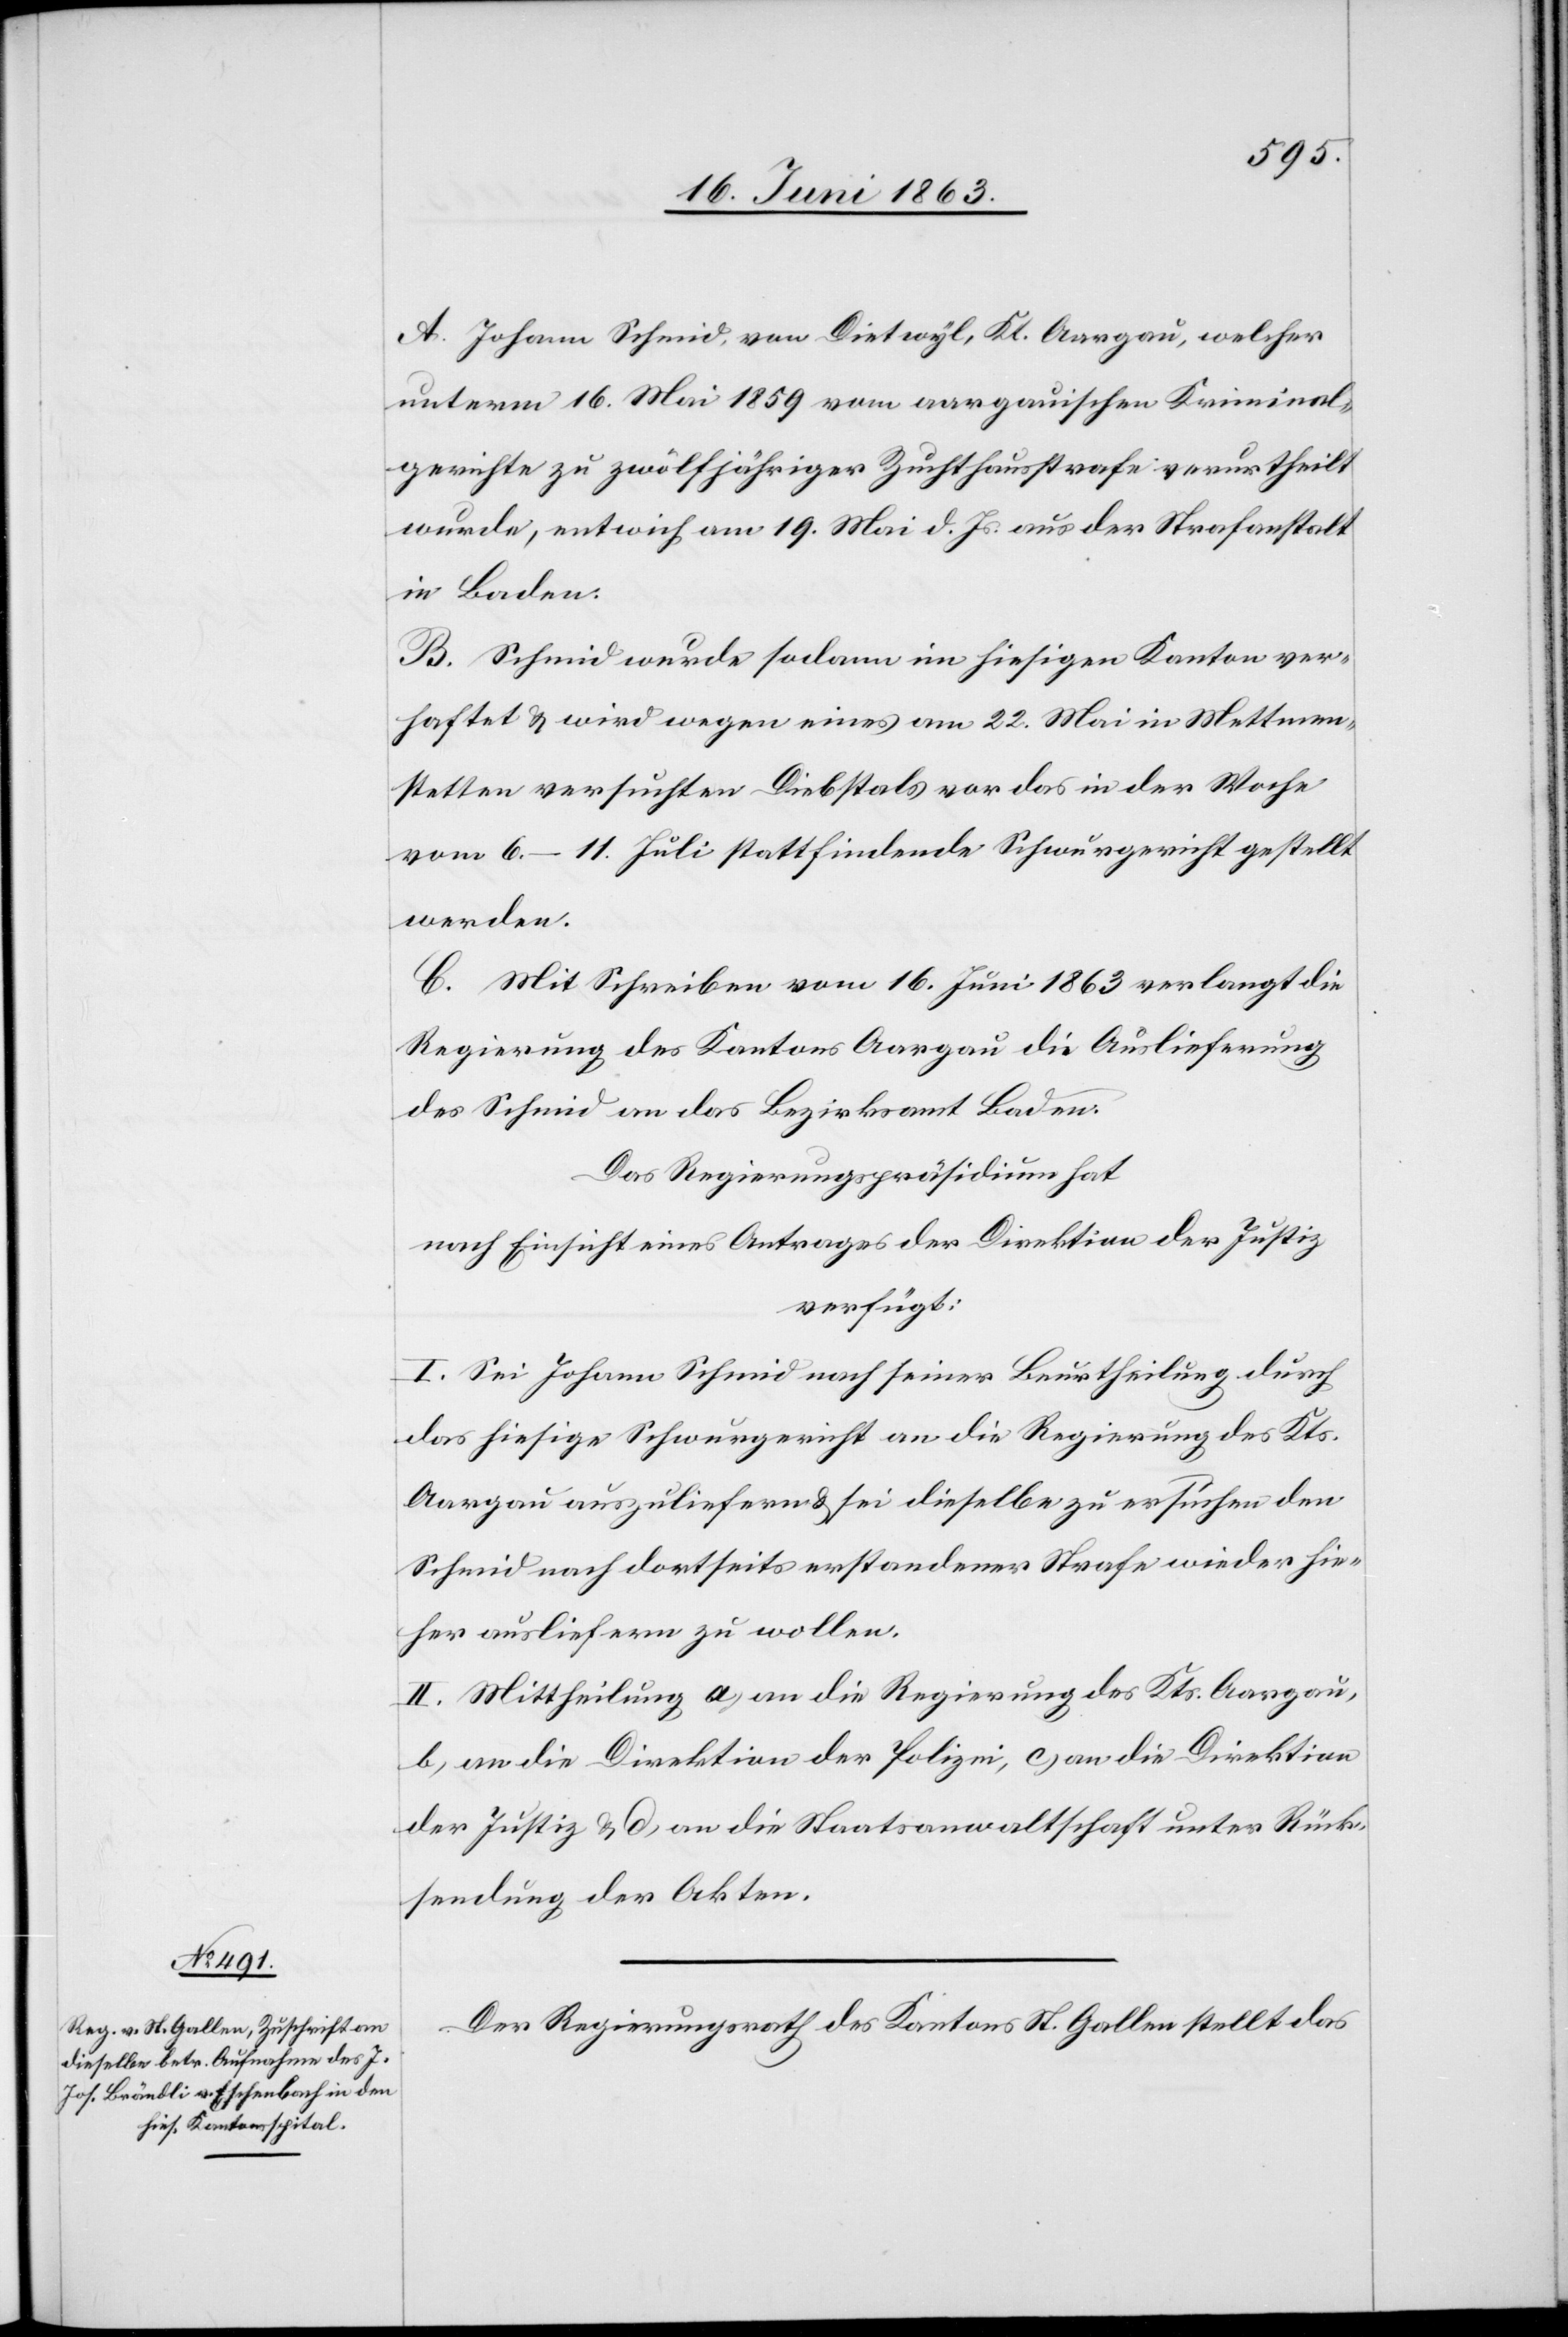
19. Juni 1863.]
A. Johann Schmid, von Dietwyl, Kt. Aargau, welcher
unterm 16. Mai 1859 vom aargauischen Kriminal¬
gerichte zu zwölfjähriger Zuchthausstrafe verurtheilt
wurde, entwich am 19. Mai d. Js. aus der Strafanstalt
in Baden.
B. Schmid wurde sodann im hiesigen Kanton ver¬
haftet & wird wegen eines am 22. Mai in Mettmen¬
stetten versuchten Diebstals vor das in der Woche
vom 6.–11. Juli stattfindende Schwurgericht gestellt
werden.
C. Mit Schreiben vom 16. Juni 1863 verlangt die
Regierung des Kantons Aargau die Auslieferung
des Schmid an das Bezirksamt Baden.
Das Regierungspräsidium hat
nach Einsicht eines Antrages der Direktion der Justiz
verfügt:
I. Sei Johann Schmid nach seiner Beurtheilung durch
das hiesige Schwurgericht an die Regierung des Kts.
Aargau auszuliefern & sei dieselbe zu ersuchen den
Schmid nach dortseits erstandener Strafe wieder hie¬
her ausliefern zu wollen.
II. Mittheilung a) an die Regierung des Kts. Aargau,
b) an die Direktion der Polizei, c) an die Direktion
der Justiz & d) an die Staatsanwaltschaft unter Rück¬
sendung der Akten.
Der Regierungsrath des Kantons St. Gallen stellt das